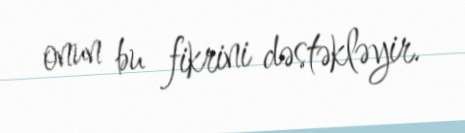
onun bu fikrini dəstəkləyir.